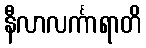
နီလာလင်္ကာရာတိ